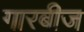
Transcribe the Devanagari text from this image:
गारबीज